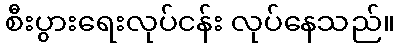
စီးပွားရေးလုပ်ငန်း လုပ်နေသည်။